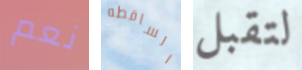
نعم الساقطه لتقبل